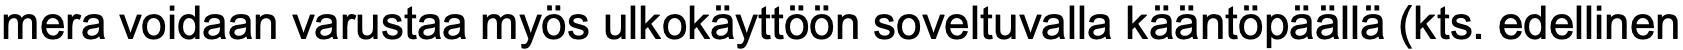
mera voidaan varustaa myös ulkokäyttöön soveltuvalla kääntöpäällä (kts. edellinen